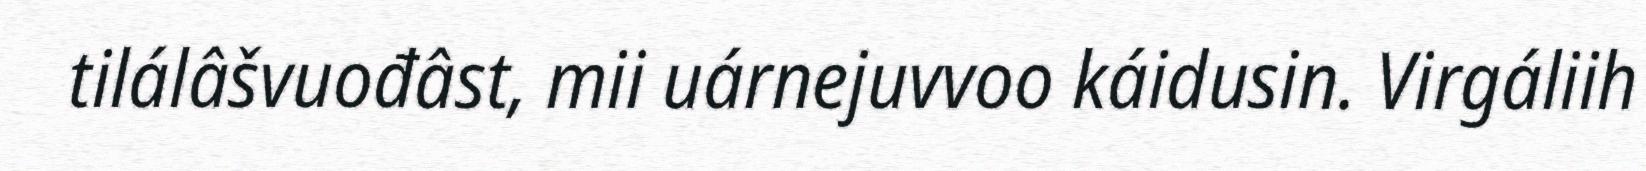
tilálâšvuođâst, mii uárnejuvvoo káidusin. Virgáliih